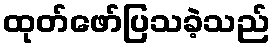
ထုတ်ဖော်ပြသခဲ့သည်